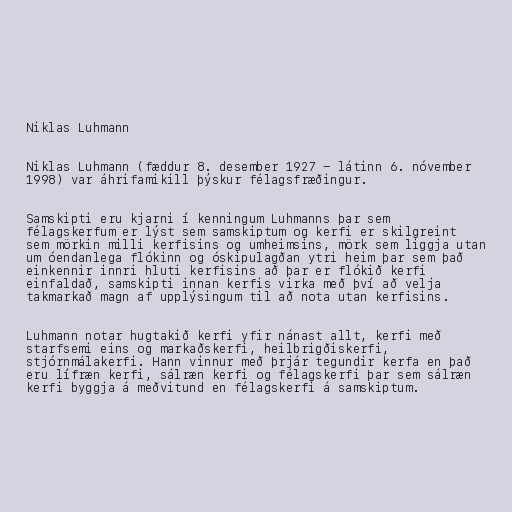
Niklas Luhmann

Niklas Luhmann (fæddur 8. desember 1927 - látinn 6. nóvember
1998) var áhrifamikill þýskur félagsfræðingur.

Samskipti eru kjarni í kenningum Luhmanns þar sem
félagskerfum er lýst sem samskiptum og kerfi er skilgreint
sem mörkin milli kerfisins og umheimsins, mörk sem liggja utan
um óendanlega flókinn og óskipulagðan ytri heim þar sem það
einkennir innri hluti kerfisins að þar er flókið kerfi
einfaldað, samskipti innan kerfis virka með því að velja
takmarkað magn af upplýsingum til að nota utan kerfisins.

Luhmann notar hugtakið kerfi yfir nánast allt, kerfi með
starfsemi eins og markaðskerfi, heilbrigðiskerfi,
stjórnmálakerfi. Hann vinnur með þrjár tegundir kerfa en það
eru lífræn kerfi, sálræn kerfi og félagskerfi þar sem sálræn
kerfi byggja á meðvitund en félagskerfi á samskiptum.